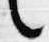
言